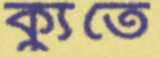
ক্যুতে